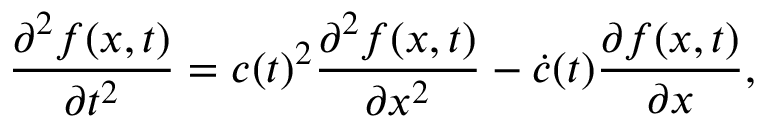
\frac { \partial ^ { 2 } f ( x , t ) } { \partial t ^ { 2 } } = c ( t ) ^ { 2 } \frac { \partial ^ { 2 } f ( x , t ) } { \partial x ^ { 2 } } - \dot { c } ( t ) \frac { \partial f ( x , t ) } { \partial x } ,